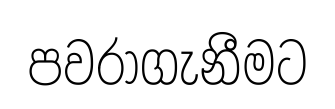
පවරාගැනීමට